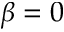
\beta = 0